Annual administration report of the Bombay Presidency - 1887-1892
Year: 1887
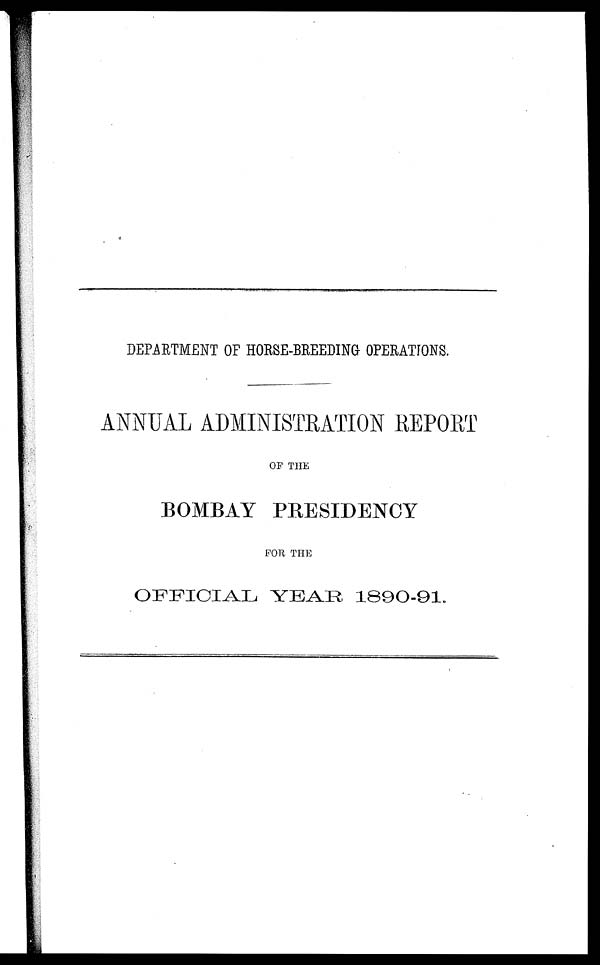
DEPARTMENT OF HORSE-BREEDING OPERATIONS.
ANNUAL ADMINISTRATION REPORT
OF THE
BOMBAY PRESIDENCY
FOR THE
OFFICIAL YEAR 1890-91.